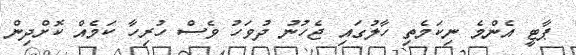
ޕާޓީ އެންމެ ނިކަމެތި ހާލުގައި ޖެހުނު ދުވަހު ވެސް ހުރިހާ ކަމެއް ކޮށްދިން